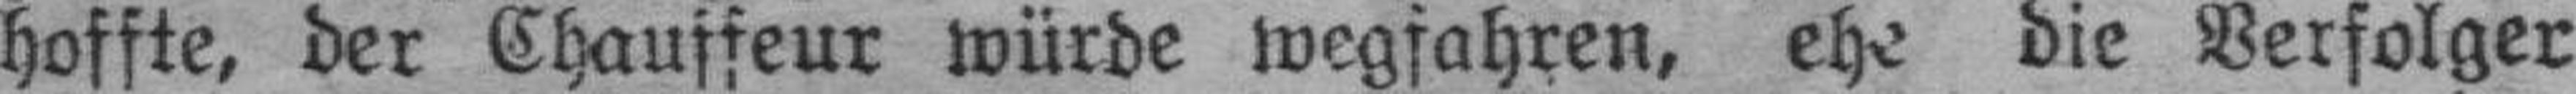
hoffte, der Chauffeur würde wegfahren, ehe die Verfolger